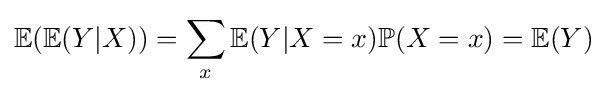
\mathbb {E} (\mathbb {E} (Y|X))=\sum _{x}\mathbb {E} (Y|X=x)\mathbb {P} (X=x)=\mathbb {E} (Y)